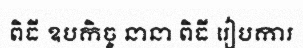
ពិធី ឧបកិច្ច នានា ពិធី រៀបការ